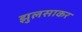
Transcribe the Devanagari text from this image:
झुलसाकर